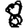
Digit: 8